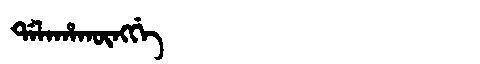
Manchu: ᡩᠠᠯᠠᡥᠠᡴᡡᠩᡤᡝ
Romanization: DALAHAKŪNGGE